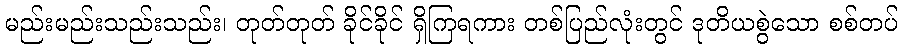
မည်းမည်းသည်းသည်း၊ တုတ်တုတ် ခိုင်ခိုင် ရှိကြရကား တစ်ပြည်လုံးတွင် ဒုတိယစွဲသော စစ်တပ်